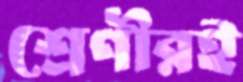
শ্রেণীরই